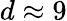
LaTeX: d\approx 9